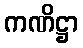
ကဏိဋ္ဌာ